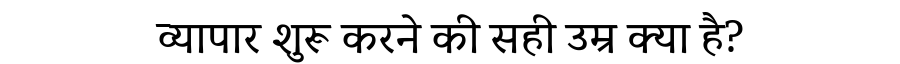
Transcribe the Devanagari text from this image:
व्यापार शुरू करने की सही उम्र क्या है?